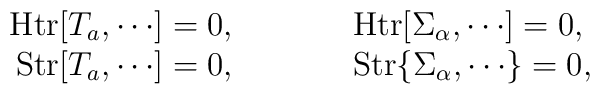
\begin{array}{rcl} \mbox{Htr}[T_a , \cdots]=0,    &{\qquad}& \mbox{Htr}[\Sigma_\alpha , \cdots]=0, \\ \mbox{Str}[T_a , \cdots]=0,    &{\qquad}& \mbox{Str}\{\Sigma_\alpha , \cdots\}=0, \\   \end{array}